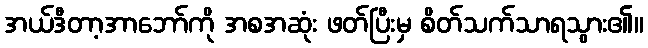
အယ်ဒီတာ့အာဘော်ကို အစအဆုံး ဖတ်ပြီးမှ စိတ်သက်သာရသွား၏။